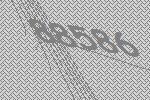
88586